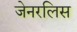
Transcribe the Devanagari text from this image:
जेनरलिस